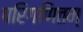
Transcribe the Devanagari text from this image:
परिगणितम्